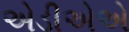
એડીએએ